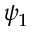
\psi _ { 1 }